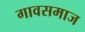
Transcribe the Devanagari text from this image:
गावसमाज